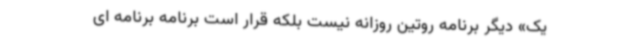
یک» دیگر برنامه روتین روزانه نیست بلکه قرار است برنامه برنامه ای